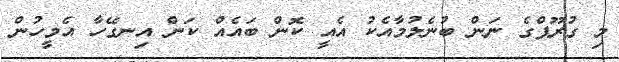
މި ގުރޫޕްގެ ނަން ބުނެލުމާއެކު އެއީ ކޮން ބައެއް ކަން އިނގޭހާ އެމީހުން